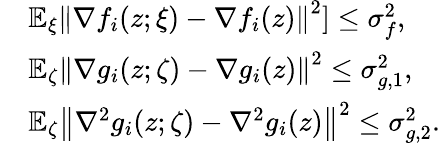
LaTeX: \begin{array}{rl}&{\mathbb{E}_{\xi}\left\| \nabla f_{i}(z;\xi)-\nabla f_{i}(z)\right\| ^{2}]\leq\sigma_{f}^{2},}\\ &{\mathbb{E}_{\zeta}\left\| \nabla g_{i}(z;\zeta)-\nabla g_{i}(z)\right\| ^{2}\leq\sigma_{g,1}^{2},}\\ &{\mathbb{E}_{\zeta}\left\| \nabla^{2}g_{i}(z;\zeta)-\nabla^{2}g_{i}(z)\right\| ^{2}\leq\sigma_{g,2}^{2}.}\end{array}